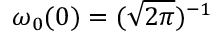
\omega _ { 0 } ( 0 ) = ( \sqrt { 2 \pi } ) ^ { - 1 }